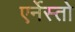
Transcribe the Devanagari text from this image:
एर्नेस्तो